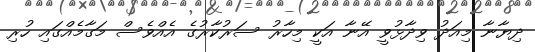
ދިޔާނާ މިއަދު ވިދާޅުވީ އޭނާ އަކީ މިހާރު ސަރުކާރުގެ އެއްވެސް މަގާމެއްގައި ހުރި